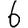
Digit: 6